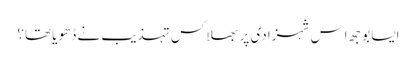
ایسا بوجھ اِس شہزادی پر بھلا کس تہذیب نے ڈھویا تھا؟